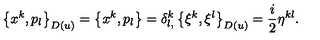
\left\{ x ^ { k } , p _ { l } \right\} _ { D ( u ) } = \left\{ x ^ { k } , p _ { l } \right\} = \delta _ { l , } ^ { k } \left\{ \xi ^ { k } , \xi ^ { l } \right\} _ { D ( u ) } = \frac { i } { 2 } \eta ^ { k l } .